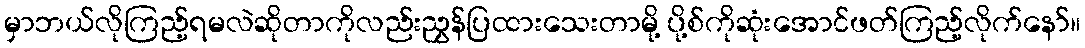
မှာဘယ်လိုကြည့်ရမလဲဆိုတာကိုလည်းညွှန်ပြထားသေးတာမို့ ပို့စ်ကိုဆုံးအောင်ဖတ်ကြည့်လိုက်နော်။